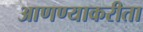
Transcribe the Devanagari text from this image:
आणण्याकरीता